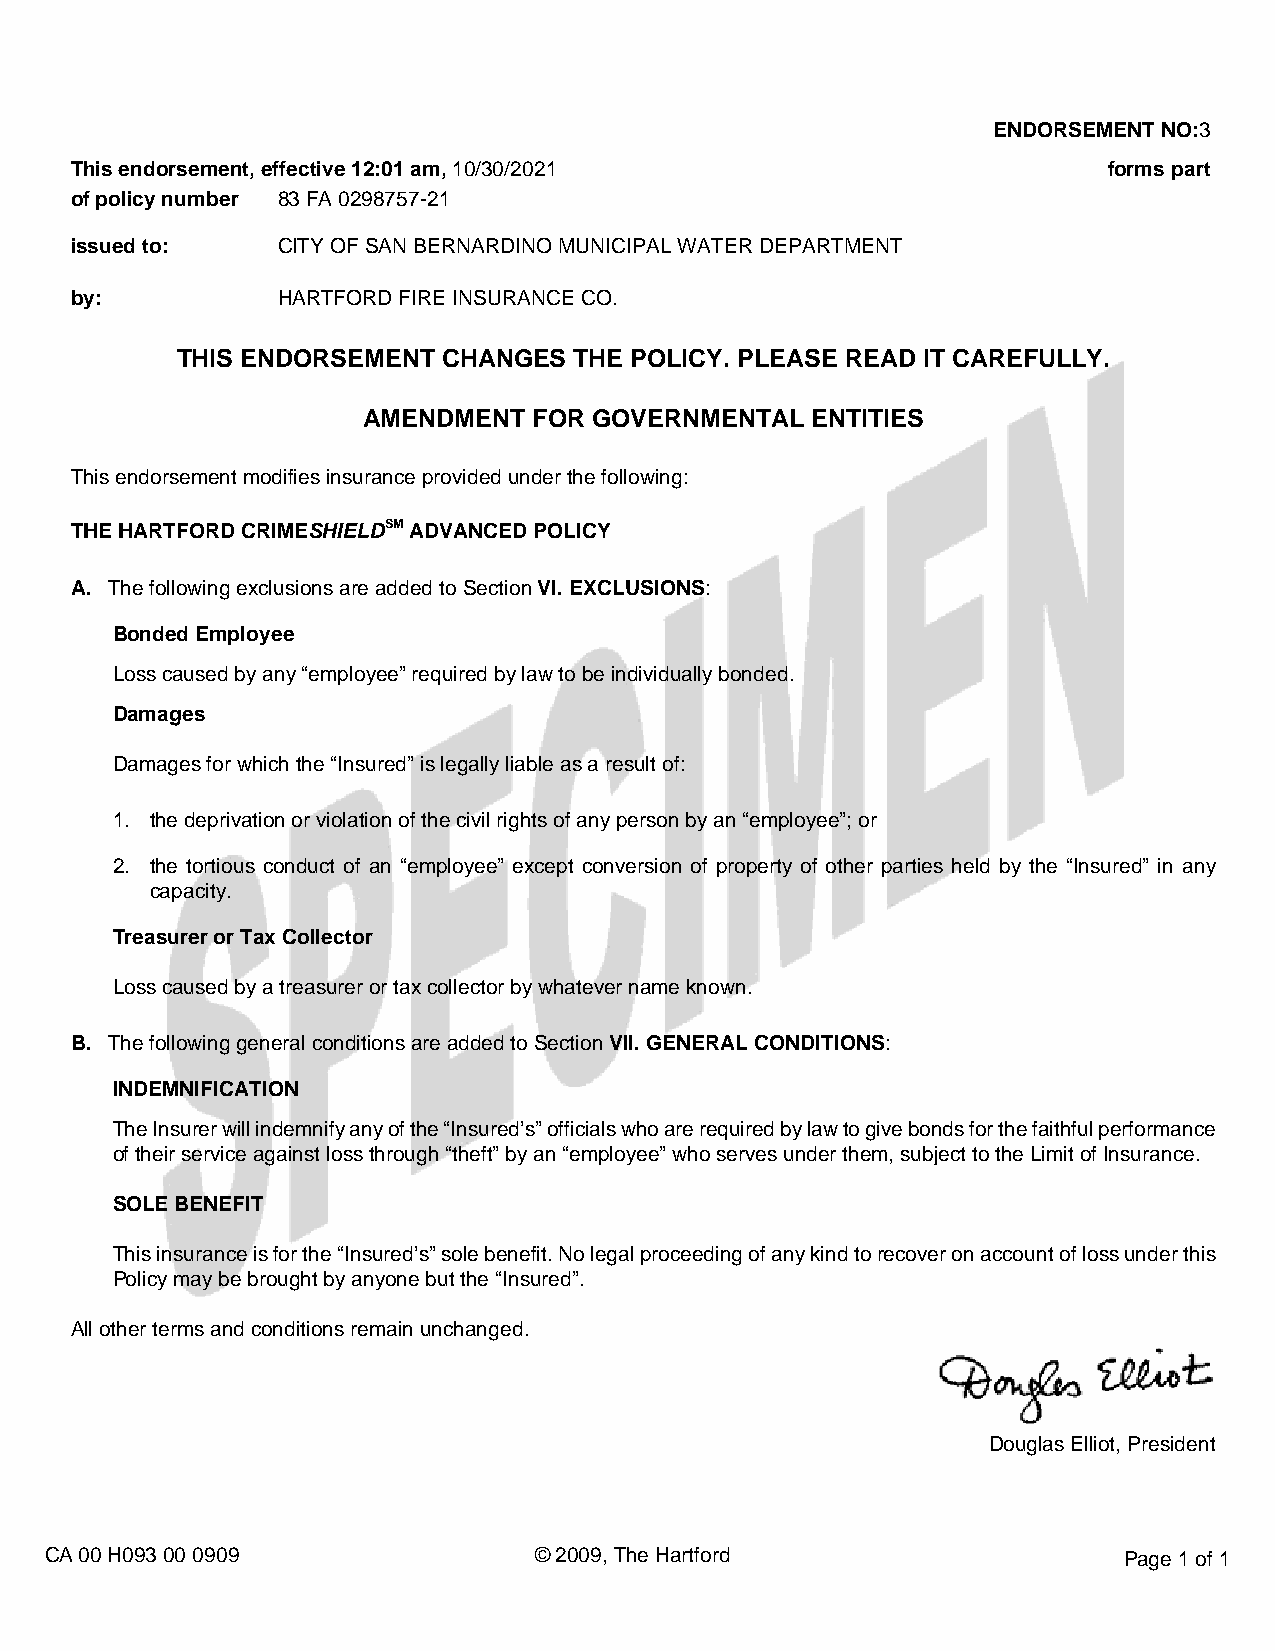
ENDORSEMENT NO:3
 This endorsement, effective 12:01 am, 10/30/2021                    forms part
 of policy number 83 FA 0298757-21
 issued to:   CITY OF SAN BERNARDINO MUNICIPAL WATER DEPARTMENT
 by:          HARTFORD FIRE INSURANCE CO.
 THIS ENDORSEMENT CHANGES  THE POLICY. PLEASE READ IT CAREFULLY.
 AMENDMENT  FOR GOVERNMENTAL   ENTITIES
 This endorsement modifies insurance provided under the following:
 THE HARTFORD CRIMESHIELDSM ADVANCED POLICY
 A. The following exclusions are added to Section VI. EXCLUSIONS:
 Bonded Employee
 Loss caused by any “employee” required by law to be individually bonded.
 Damages
 Damages for which the “Insured” is legally liable as a result of:
 1. the deprivation or violation of the civil rights of any person by an “employee”; or
 2. the tortious conduct of an “employee” except conversion of property of other parties held by the “Insured” in any
 capacity.
 Treasurer or Tax Collector
 Loss caused by a treasurer or tax collector by whatever name known.
 B. The following general conditions are added to Section VII. GENERAL CONDITIONS:
 INDEMNIFICATION
 The Insurer will indemnify any of the “Insured’s” officials who are required by law to give bonds for the faithful performance
 of their service against loss through “theft” by an “employee” who serves under them, subject to the Limit of Insurance.
 SOLE BENEFIT
 This insurance is for the “Insured’s” sole benefit. No legal proceeding of any kind to recover on account of loss under this
 Policy may be brought by anyone but the “Insured”.
 All other terms and conditions remain unchanged.
 Douglas Elliot, President
 CA 00 H093 00 0909              © 2009, The Hartford                   Page 1 of 1